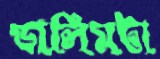
ডালিমটা